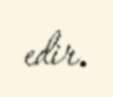
edir.